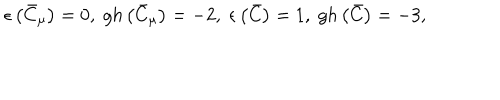
\epsilon \left( \bar { C } _ { \mu } \right) = 0 , \; g h \left( \bar { C } _ { \mu } \right) = - 2 , \; \epsilon \left( \bar { C } \right) = 1 , \; g h \left( \bar { C } \right) = - 3 ,